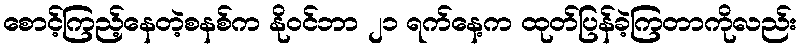
စောင့်ကြည့်နေတဲ့စနစ်က နိုဝင်ဘာ ၂၁ ရက်နေ့က ထုတ်ပြန်ခဲ့ကြတာကိုလည်း